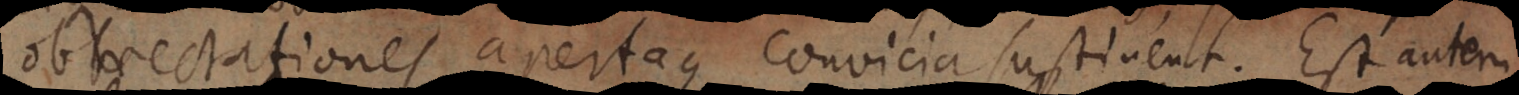
obtrectationes apertaque convicia sustinent. Est autem